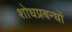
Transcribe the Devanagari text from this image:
शोधप्रबन्धों